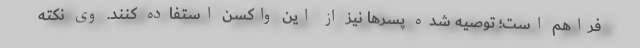
فراهم است؛ توصیه شده پسرها نیز از این واکسن استفاده کنند. وی نکته